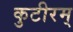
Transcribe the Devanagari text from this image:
कुटीरम्